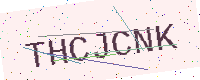
Text: THCJCNK